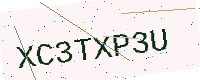
Text: XC3TXP3U